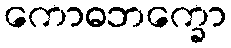
ကောဓဘက္ခော